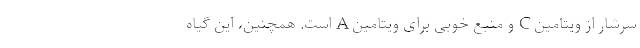
سرشار از ویتامین C و منبع خوبی برای ویتامین A است. همچنین، این گیاه